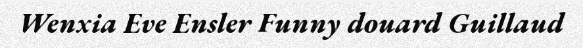
Wenxia Eve Ensler Funny douard Guillaud